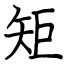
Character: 矩